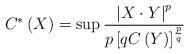
LaTeX: \begin{align*}C^{\ast}\left( X\right) =\sup\frac{\left\vert X\cdot Y\right\vert ^{p}}{p\left[ qC\left( Y\right) \right] ^{\frac{p}{q}}}\end{align*}